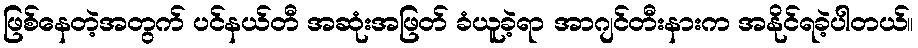
ဖြစ်နေတဲ့အတွက် ပင်နယ်တီ အဆုံးအဖြတ် ခံယူခဲ့ရာ အာဂျင်တီးနားက အနိုင်ရခဲ့ပါတယ်။